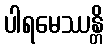
ပါရမေဿန္တိ